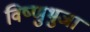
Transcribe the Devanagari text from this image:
विष्णुभुजा